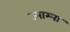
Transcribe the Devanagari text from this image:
ज्नाम्या